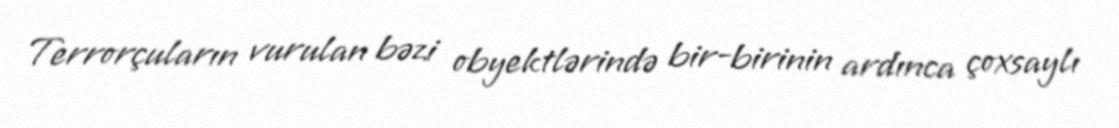
Terrorçuların vurulan bəzi obyektlərində bir-birinin ardınca çoxsaylı